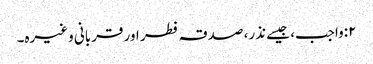
٢:واجب، جیسے نذر، صدقہ فطر اور قربانی وغیرہ۔